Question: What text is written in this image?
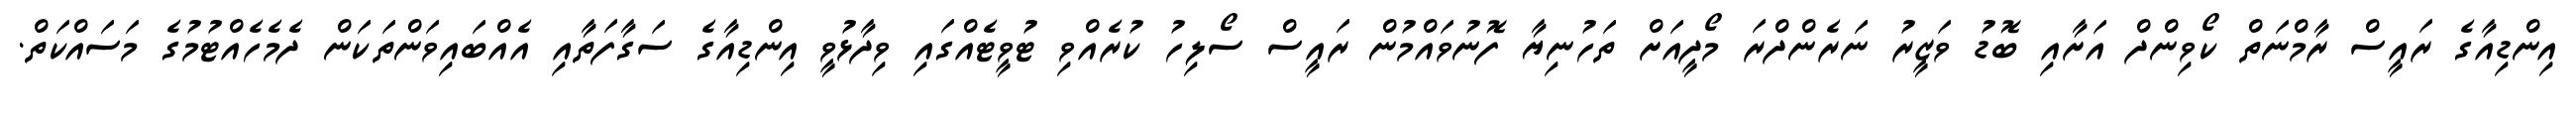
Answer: އިންޑިއާގެ ރައީސް ރާމްނަތް ކޯވިންދް އަށާއި ބޮޑު ވަޒީރު ނަރެންދްރަ މޯދީއަށް ތަހުނިޔާ ފޮނުވައްމުން ރައީސް ސޯލިހު ކުރެއްވި ޓުވީޓެއްގައި ވިދާޅުވީ އިންޑިއާގެ ސަގާފަތާއި އެއްބައިވަންތަކަން ދެމެހެއްޓުމުގެ މަސައްކަތް.